Leaving Certificate Examination, 1914
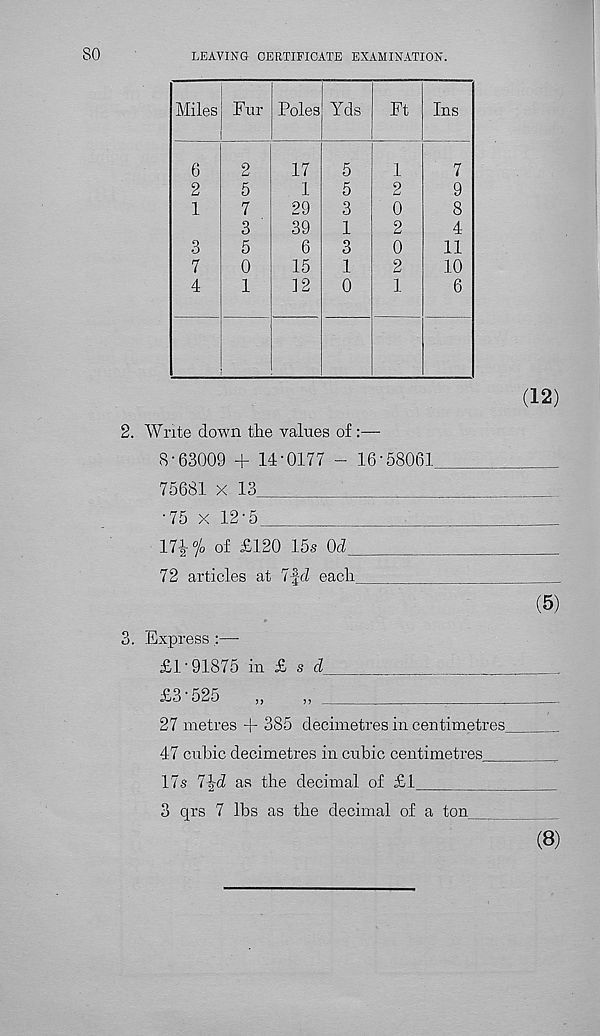
so
LEAVING CERTIFICATE EXAMINATION.
(12)
2. Write down the values of :—
8-63009 + 14-0177 - 16-58061
75681 x 13
•75 x 12-5
17i°/ 0 of £120 15s 0.|
72 articles at 7-fd each
(5)
3. Express ;—
£1" 91875 in £ s d
£3-525
„
„
27 metres + 385 decimetres in centimetres
47 cubic decimetres in cubic centimetres
17s 7^d as the decimal of £1
3 qrs 7 lbs as the decimal of a ton
(8)